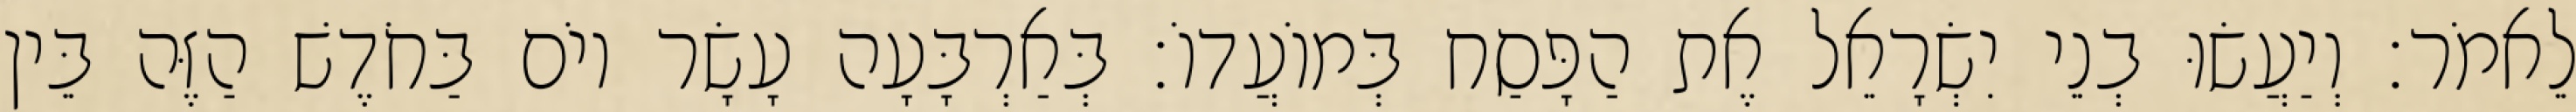
לֵאמֹר׃ וְיַעֲשׂוּ בְנֵי יִשְׂרָאֵל אֶת הַפָּסַח בְּמוֹעֲדוֹ׃ בְּאַרְבָּעָה עָשָׂר יוֹם בַּחֹדֶשׁ הַזֶּה בֵּין